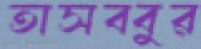
তাসব্বুর